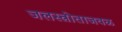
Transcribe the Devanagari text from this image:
जलस्त्रोताजवळ